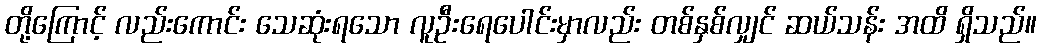
တို့ကြောင့် လည်းကောင်း သေဆုံးရသော လူဦးရေပေါင်းမှာလည်း တစ်နှစ်လျှင် ဆယ်သန်း အထိ ရှိသည်။